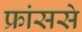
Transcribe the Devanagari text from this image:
फ्रांससे